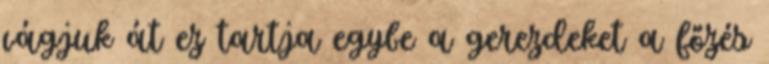
vágjuk át ez tartja egybe a gerezdeket a főzés